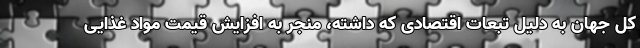
کل جهان به دلیل تبعات اقتصادی که داشته، منجر به افزایش قیمت مواد غذایی